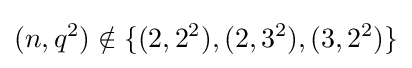
(n,q^{2})\notin \{(2,2^{2}),(2,3^{2}),(3,2^{2})\}